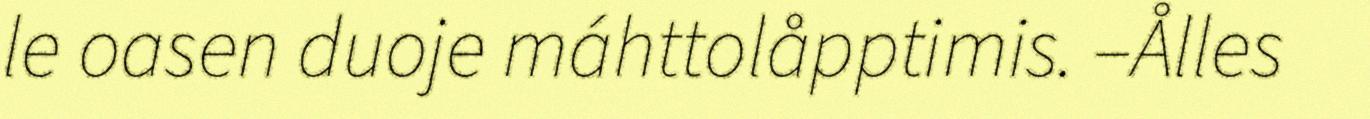
le oasen duoje máhttolåpptimis. –Ålles